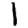
Digit: 1